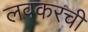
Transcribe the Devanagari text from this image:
लवकरची